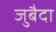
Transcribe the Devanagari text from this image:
जुबैदा